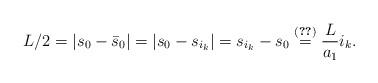
LaTeX: \begin{align*} L/2=|s_0-\bar{s}_0| = |s_0-s_{i_k}|=s_{i_k}-s_0 \overset{\eqref{eq:length_arcs}}{=} \frac{L}{a_1}i_k.\end{align*}